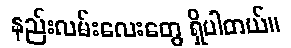
နည်းလမ်းလေးတွေ ရှိပါတယ်။